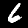
Label: 6